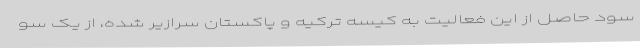
سود حاصل از این فعالیت به کیسه ترکیه و پاکستان سرازیر شده، از یک سو